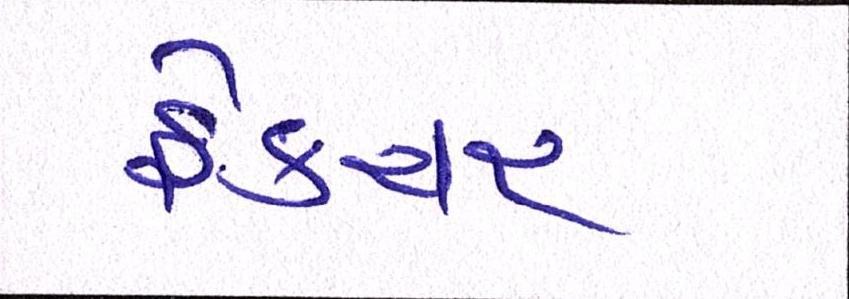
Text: ફ્રેક્ચર